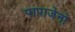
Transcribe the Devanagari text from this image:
पापाजेनो